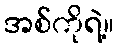
အစ်ကိုရဲ့။